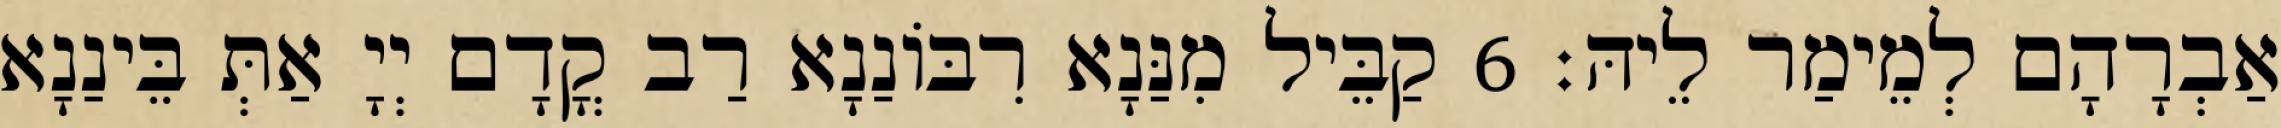
אַבְרָהָם לְמֵימַר לֵיהּ׃ 6 קַבֵּיל מִנַּנָא רִבּוֹנַנָא רַב קֳדָם יְיָ אַתְּ בֵּינַנָא